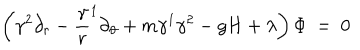
\left( \gamma ^ { 2 } \partial _ { r } - { \frac \gamma r } ^ { 1 } \partial _ { \vartheta } + m \gamma ^ { 1 } \gamma ^ { 2 } - g H + \lambda \right) \Phi ~ = ~ 0